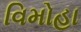
વિમોહા